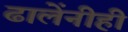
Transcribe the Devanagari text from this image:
ढालेंनीही